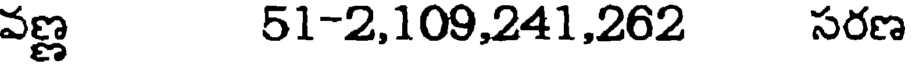
వణ్ణ 51-2,109,241,262 సరణ